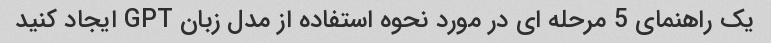
یک راهنمای 5 مرحله ای در مورد نحوه استفاده از مدل زبان GPT ایجاد کنید